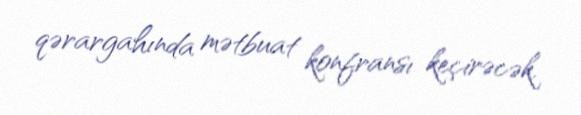
qərargahında mətbuat konfransı keçirəcək.